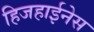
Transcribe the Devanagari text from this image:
हिजहाईनेस